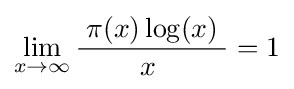
\lim _{x\to \infty }{\frac {\;\pi (x)\log(x)\;}{x\;}}=1